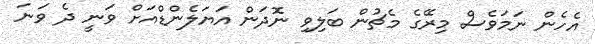
އެހެން ނަމަވެސް މިރޭގެ މެޗުން ބަލިވި ނޮދަން އަޔަލެންޑްއަށް ވަނީ ދެ ވަނަ